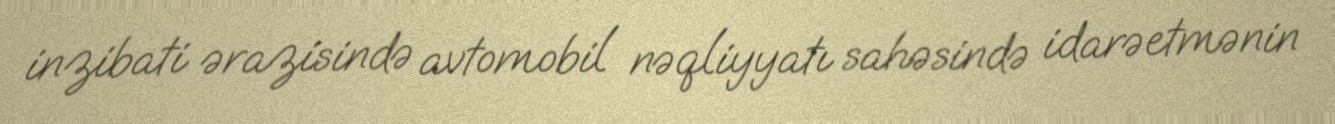
inzibati ərazisində avtomobil nəqliyyatı sahəsində idarəetmənin